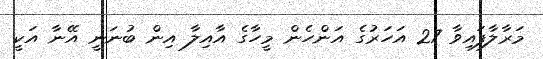
މަރާލާފައިވާ 27 އަހަރުގެ އަންހެން މީހާގެ އާއިލާ އިން ބުނަނީ އޭނާ އަކީ